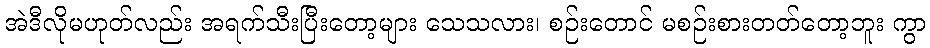
အဲဒီလိုမဟုတ်လည်း အရက်သီးပြီးတော့များ သေသလား၊ စဉ်းတောင် မစဉ်းစားတတ်တော့ဘူး ကွာ